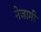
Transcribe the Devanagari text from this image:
नेजामी